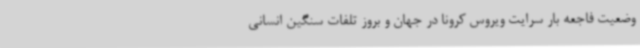
وضعیت فاجعه بار سرایت ویروس کرونا در جهان و بروز تلفات سنگین انسانی